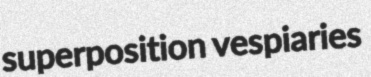
superposition vespiaries